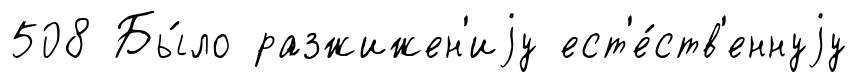
508 Бы́ло разжижен'иjу ест'е́ств'еннуjу